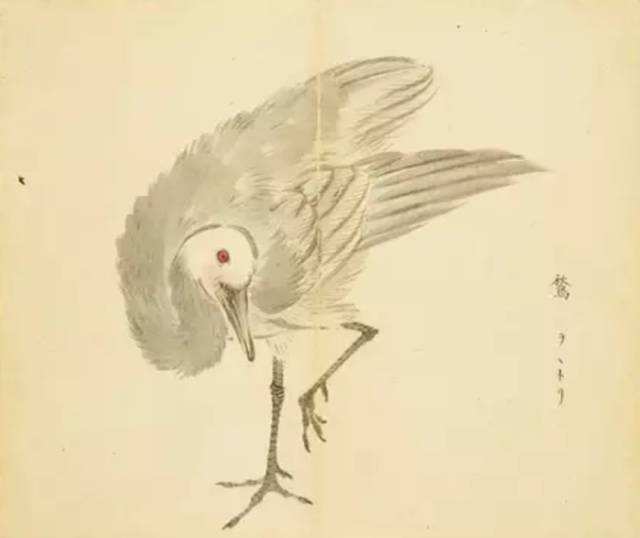
雁行缘石径，鱼贯度飞梁。